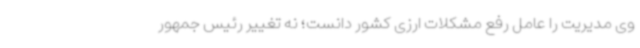
وی مدیریت را عامل رفع مشکلات ارزی کشور دانست؛ نه تغییر رئیس جمهور